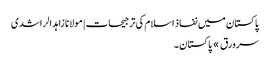
پاکستان میں نفاذ اسلام کی ترجیحات | مولانا زاہد الراشدی
سرورق » پاکستان ۔